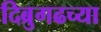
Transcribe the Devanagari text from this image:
दिब्रुगढच्या